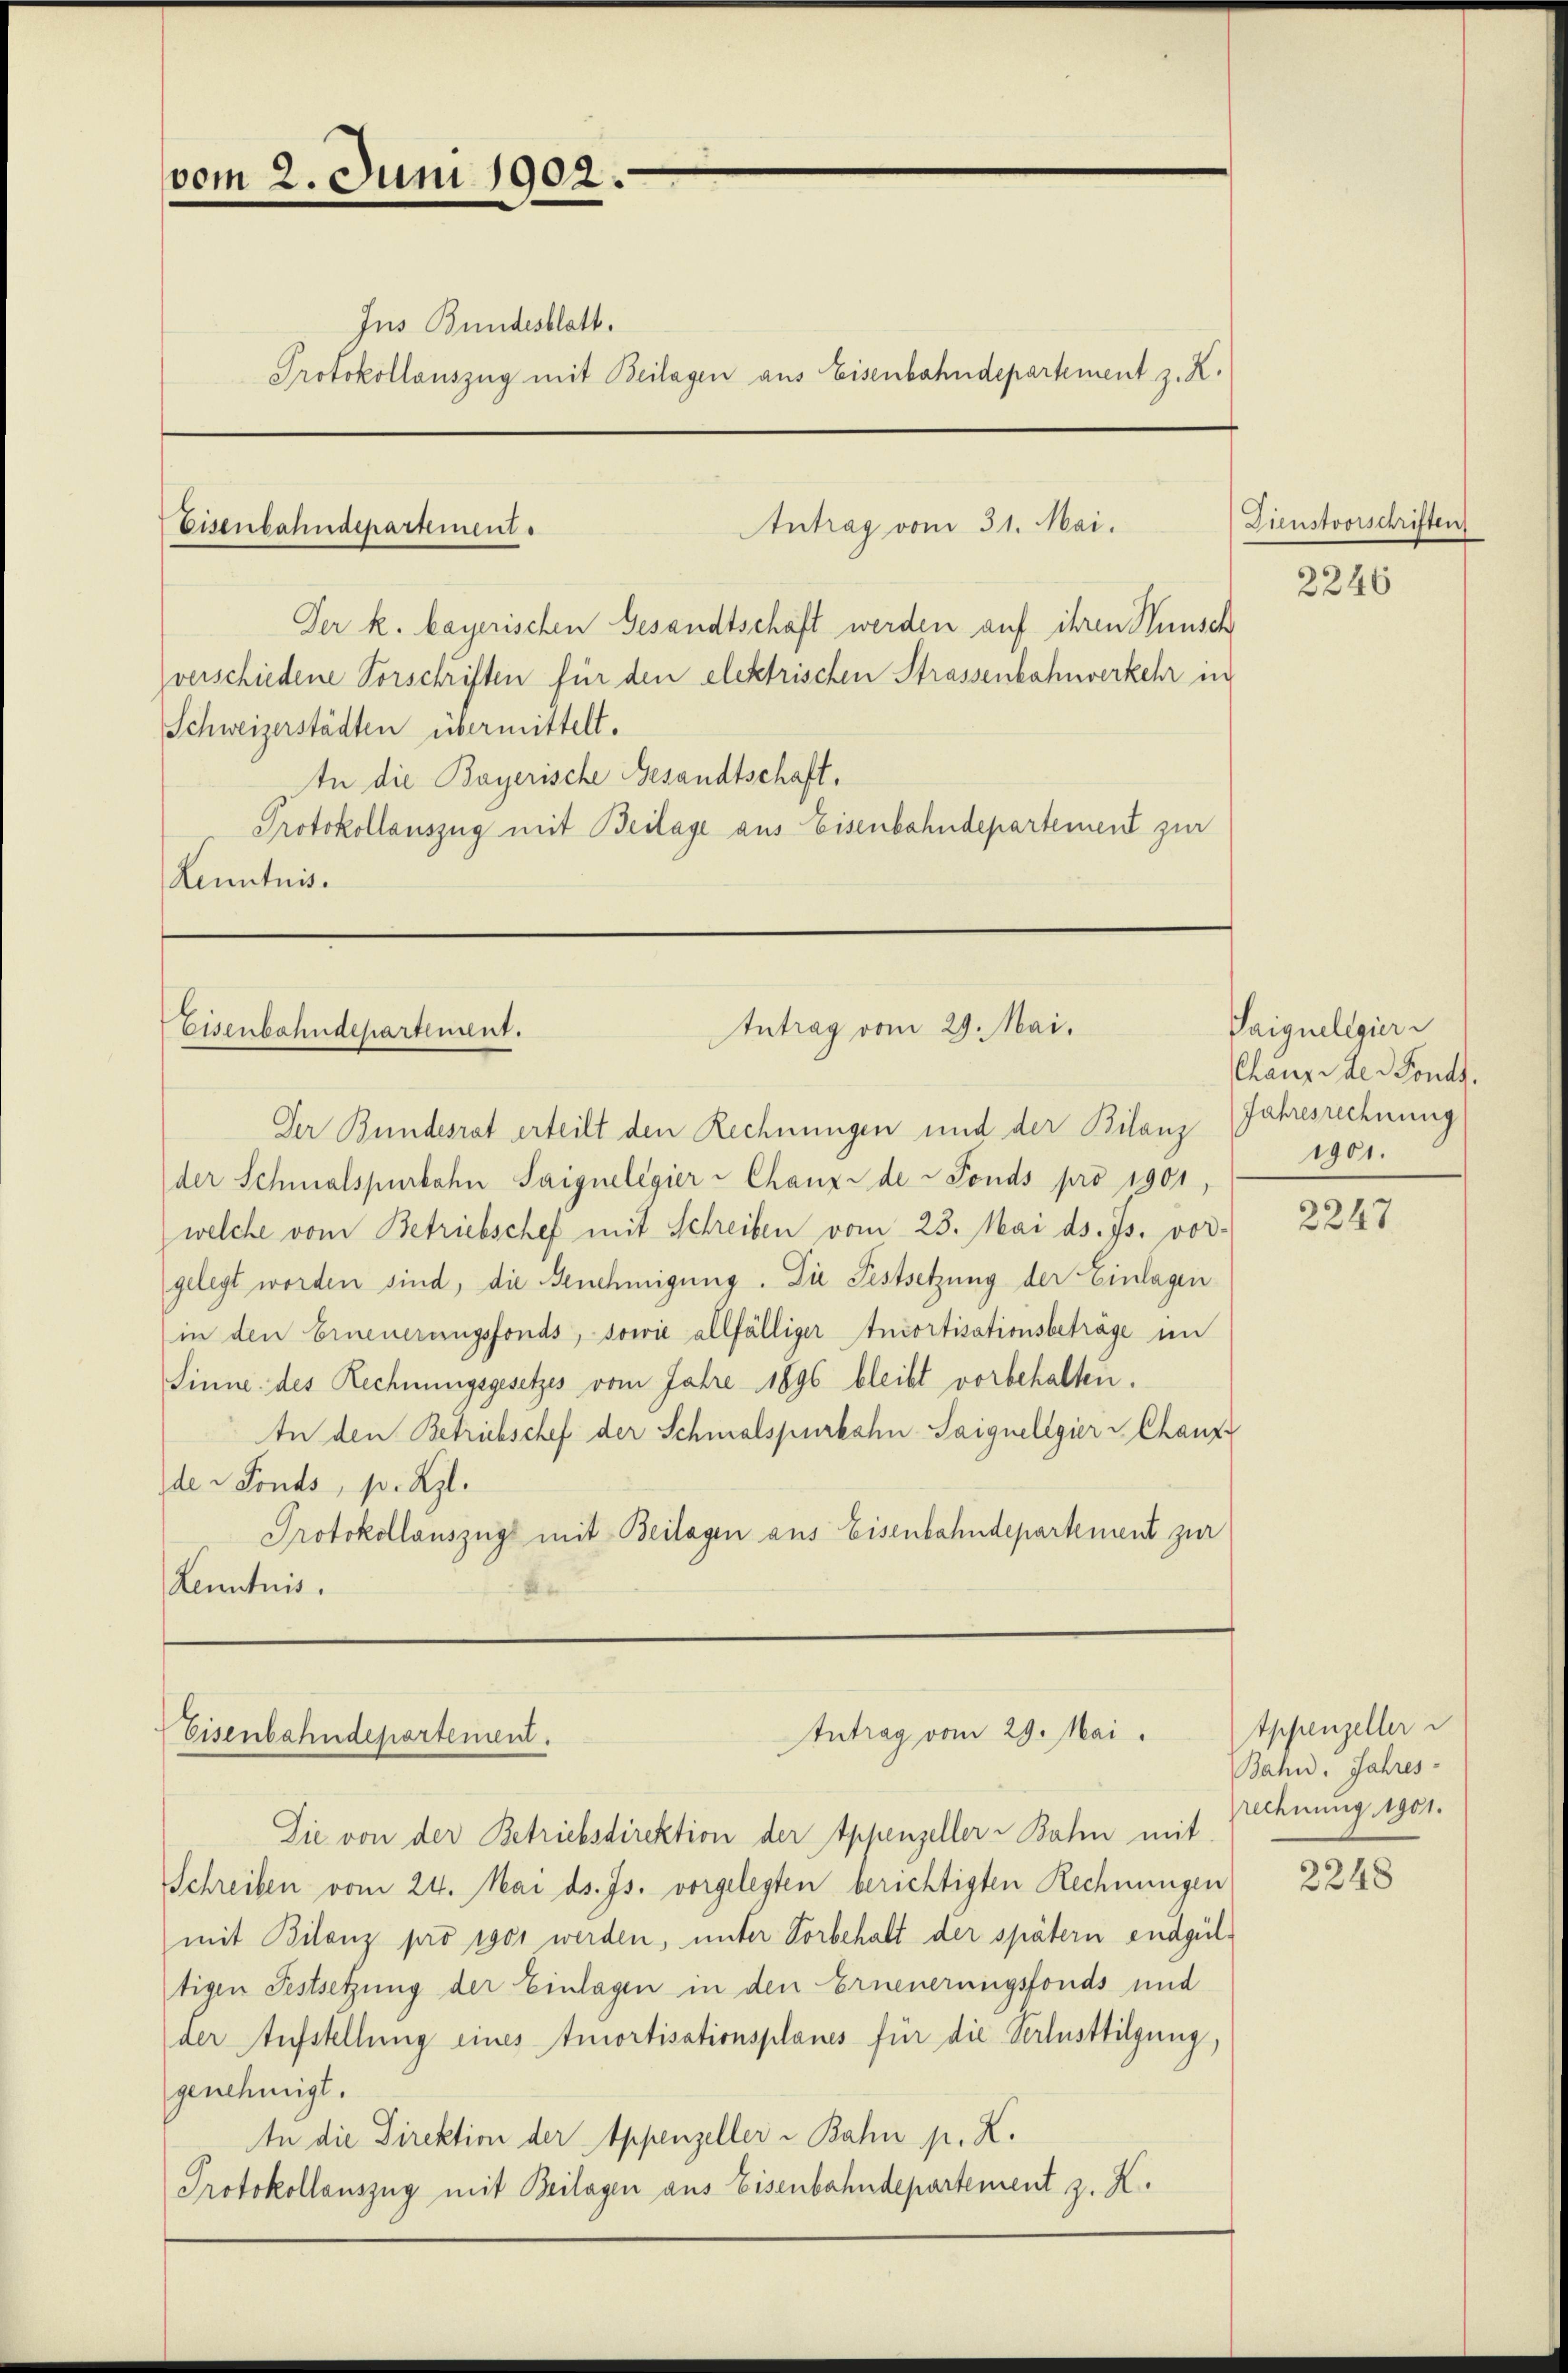
vom 2. Juni 1902.
Ins Bundesblatt.
Protokollauszug mit Beilagen aus Eisenbahndepartement z. R.

Antrag vom 31. Mai.
Eisenbahndepartement.

Antrag vom 29. Mai.
Eisenbahndepartement.

Der k. bayerischen Gesandtschaft werden auf ihren Wünsch
verschiedene Vorschriften für den elektrischen Strassenbahnverkehr in
Schweizerstädten übermittelt.
In die Bayerische Gesandtschaft,
Protokollauszug mit Beilage aus Eisenbahndepartement zur
Lenntnis.

Der Bundesrat erteilt den Rechnungen und der Bilanz Jahresrechnung
der Schmalspurbahn Saignelegier-Chanze de Fonds pro 1901,
welche vom Betriebschef mit Schreiben vom 23. Mai ds. Js. vor-
gelegt worden sind, die Benehmigung. Die Festsetzung der Einlagen
in den Erneuerungsfonds, sowie allfälliger Incortisationsbeträge im
Sinne des Rechnungsgesetzes vom Jahre 1896 bleibt vorbehalten.
In den Betrichschef der Schmalspurkahn-Saiquellgier Chanz
de v Fonds, pr Kgl.
Protokollauszüge mit Beilagen aus Eisenbahndepartement zur
Kenntnis.

Die von der Betriebsdirektion der Appenzeller-Bahn mit
Schreiben vom 24. Mai d. Js. vorgelegten berichtigten Rechnungen
mit Bilanz pro 1901 werden, unter Vorbehalt der spätern endgültigen Festsetzung der Einlagen in den Erneuerungsfonds und
der Aufstellung eines Amortisationsplanes für die Verlusttilgung,
genehmigt.
In die Direktion der Appenzeller u Bahn pr. K.
Protokollauszug mit Beilagen aus Eisenbahndepartement z. K.

Antrag vom 29. Mai.
Eisenbahndepartement.

Dienstvorschriften
2246

Saiguelegier
chanze der Fonds.
1901.

2247

tppenzeller
Bahn. Jahres-
rechnung 1901.

2248